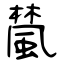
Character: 檒